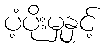
ပံ့ပိုးမှုနှင့်